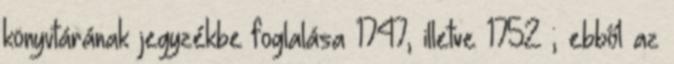
könyvtárának jegyzékbe foglalása 1747, illetve 1752 ; ebből az